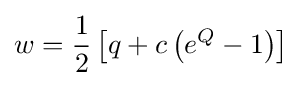
w={\frac {1}{2}}\left[q+c\left(e^{Q}-1\right)\right]